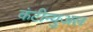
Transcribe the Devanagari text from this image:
कंटीन्युअल